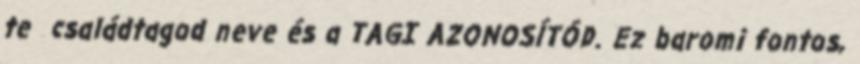
te családtagod neve és a TAGI AZONOSÍTÓD. Ez baromi fontos,